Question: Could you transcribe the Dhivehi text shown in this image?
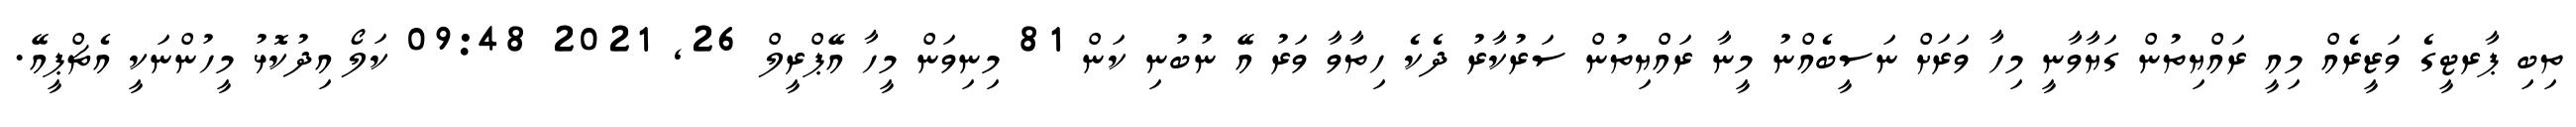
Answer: ތިބި ޕާރޓީގެ ވަޒީރެއް މިއީ ރައްޔިތުން ގަޔާވާނީ މިހާ ވަރަށް ނަސީބެއްނު މީނާ ރައްޔިތުން ސަރުކާރު ދެކެ ހިތާވާ ވަރު އޭ ނުބުނި ކަން 81 މިނިވަން މީހާ އޭޕްރީލް 26, 2021 09:48 ކަލޯ އިދުކޮޅު މީހުންނަކީ އެޗްޕީއޭ.